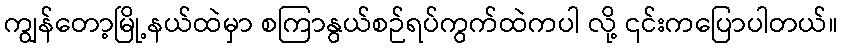
ကျွန်တော့မြို့နယ်ထဲမှာ စကြာနွယ်စဉ်ရပ်ကွက်ထဲကပါ လို့ ၎င်းကပြောပါတယ်။